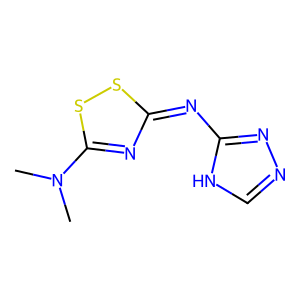
SMILES: CN(C)c1nc(=Nc2nnc[nH]2)ss1
Inhibits HIV replication: No